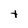
Character: t